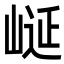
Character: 𭖮